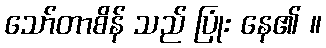
သော်တာစိန် သည် ပြုံး နေ၏ ။